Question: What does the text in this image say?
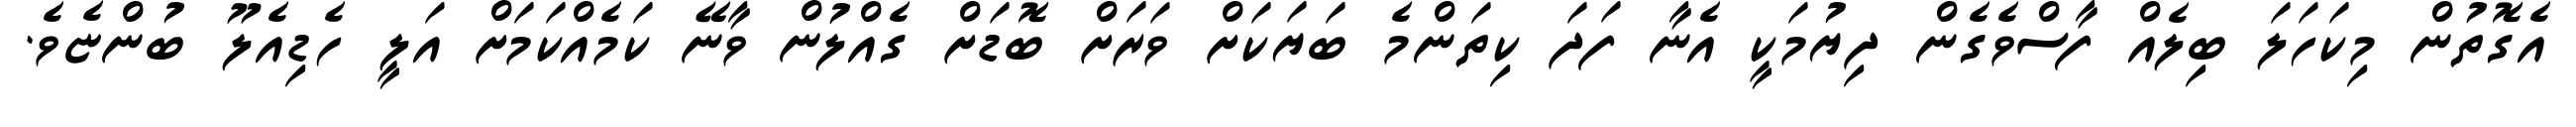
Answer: އެގޮތުން މިކަހަލަ ބިލެއް ފާސްވެގެން ދިޔުމަކީ އެނާ ފަދަ ކިތަންމެ ބަޔަކަށް ވަރަށް ބޮޑަށް ގެއްލުން ވާނޭ ކަމެއްކަމަށް އަލީ ހެޑިއެލޫ ބުންޏެވެ.